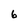
Character: 6